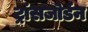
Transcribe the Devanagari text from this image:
ट्रांसजोर्डन